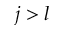
j > l